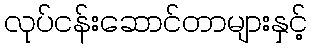
လုပ်ငန်းဆောင်တာများနှင့်